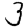
Digit: 3